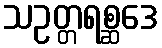
သဥတ္တရစ္ဆဒေ